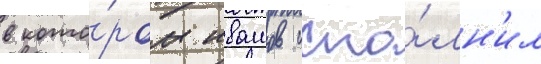
в кото́ром ивашов испо́лн'ил